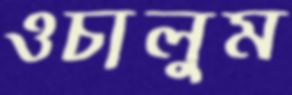
ওচালুম